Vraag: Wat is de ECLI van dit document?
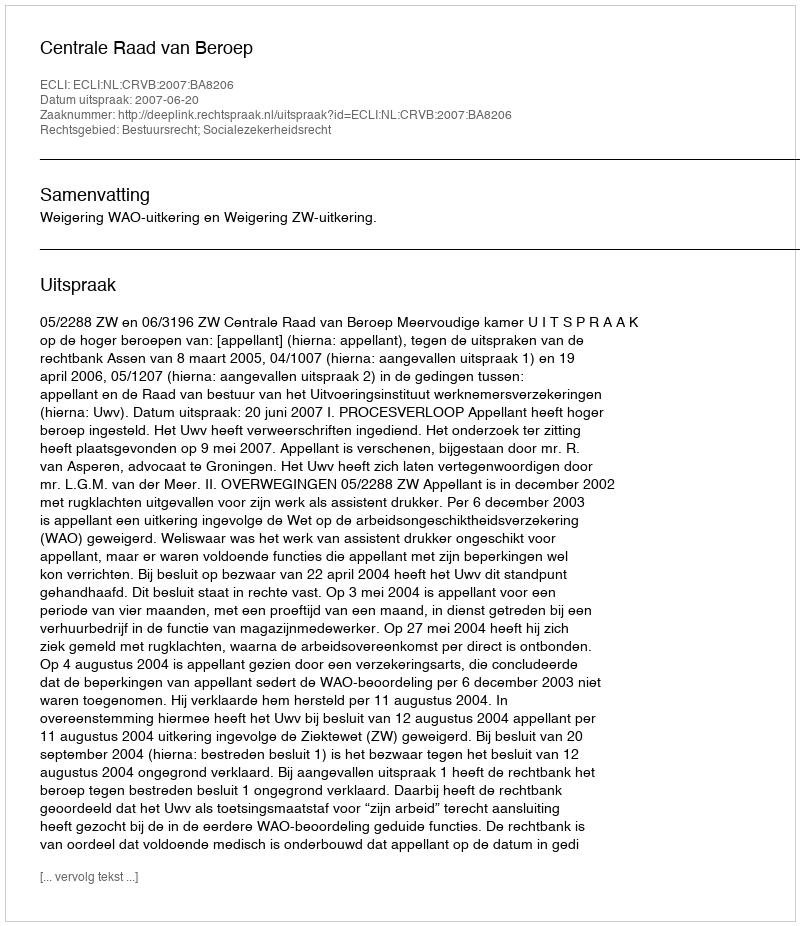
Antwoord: ECLI:NL:CRVB:2007:BA8206